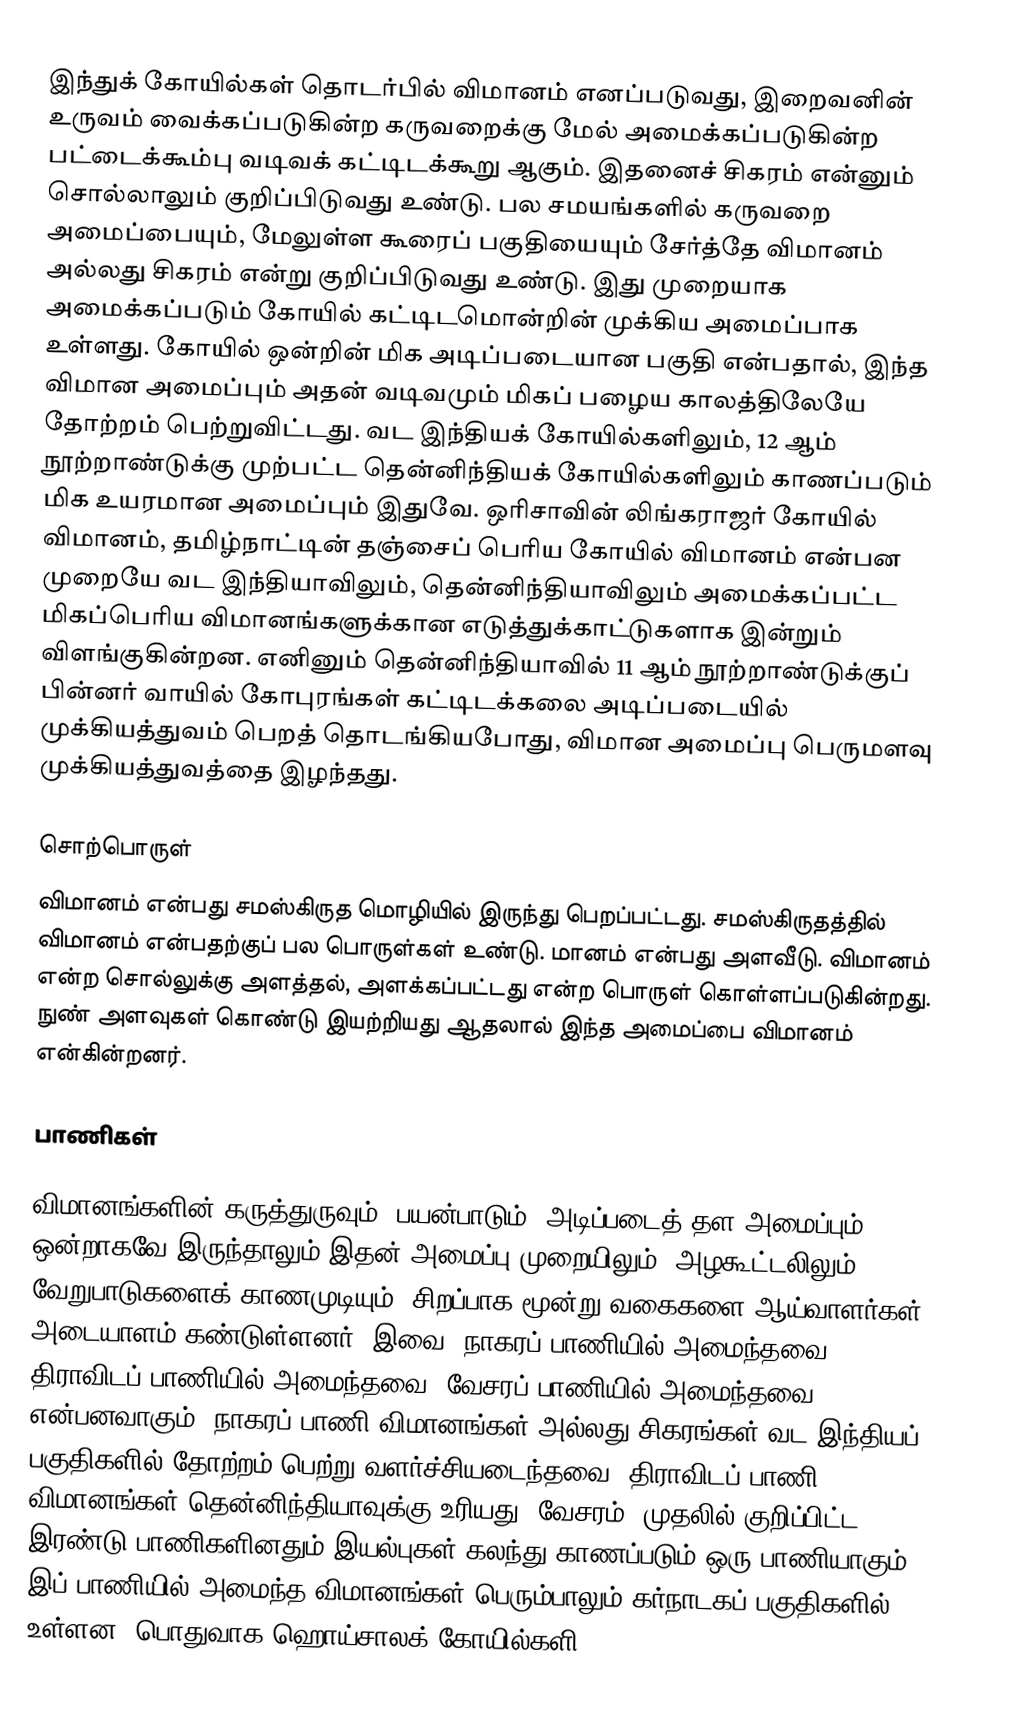
இந்துக் கோயில்கள் தொடர்பில் விமானம் எனப்படுவது, இறைவனின் உருவம் வைக்கப்படுகின்ற கருவறைக்கு மேல் அமைக்கப்படுகின்ற பட்டைக்கூம்பு வடிவக் கட்டிடக்கூறு ஆகும். இதனைச் சிகரம் என்னும் சொல்லாலும் குறிப்பிடுவது உண்டு. பல சமயங்களில் கருவறை அமைப்பையும், மேலுள்ள கூரைப் பகுதியையும் சேர்த்தே விமானம் அல்லது சிகரம் என்று குறிப்பிடுவது உண்டு. இது முறையாக அமைக்கப்படும் கோயில் கட்டிடமொன்றின் முக்கிய அமைப்பாக உள்ளது. கோயில் ஒன்றின் மிக அடிப்படையான பகுதி என்பதால், இந்த விமான அமைப்பும் அதன் வடிவமும் மிகப் பழைய காலத்திலேயே தோற்றம் பெற்றுவிட்டது. வட இந்தியக் கோயில்களிலும், 12 ஆம் நூற்றாண்டுக்கு முற்பட்ட தென்னிந்தியக் கோயில்களிலும் காணப்படும் மிக உயரமான அமைப்பும் இதுவே. ஒரிசாவின்  லிங்கராஜர் கோயில் விமானம், தமிழ்நாட்டின் தஞ்சைப் பெரிய கோயில் விமானம் என்பன முறையே வட இந்தியாவிலும், தென்னிந்தியாவிலும் அமைக்கப்பட்ட மிகப்பெரிய விமானங்களுக்கான எடுத்துக்காட்டுகளாக இன்றும் விளங்குகின்றன. எனினும் தென்னிந்தியாவில் 11 ஆம் நூற்றாண்டுக்குப் பின்னர் வாயில் கோபுரங்கள் கட்டிடக்கலை அடிப்படையில் முக்கியத்துவம் பெறத் தொடங்கியபோது, விமான அமைப்பு பெருமளவு முக்கியத்துவத்தை இழந்தது.

சொற்பொருள்
விமானம் என்பது சமஸ்கிருத மொழியில் இருந்து பெறப்பட்டது. சமஸ்கிருதத்தில் விமானம் என்பதற்குப் பல பொருள்கள் உண்டு. மானம் என்பது அளவீடு. விமானம் என்ற சொல்லுக்கு அளத்தல், அளக்கப்பட்டது என்ற பொருள் கொள்ளப்படுகின்றது. நுண் அளவுகள் கொண்டு இயற்றியது ஆதலால் இந்த அமைப்பை விமானம் என்கின்றனர்.

பாணிகள்

விமானங்களின் கருத்துருவும், பயன்பாடும், அடிப்படைத் தள அமைப்பும் ஒன்றாகவே இருந்தாலும் இதன் அமைப்பு முறையிலும், அழகூட்டலிலும் வேறுபாடுகளைக் காணமுடியும். சிறப்பாக மூன்று வகைகளை ஆய்வாளர்கள் அடையாளம் கண்டுள்ளனர். இவை, நாகரப் பாணியில் அமைந்தவை, திராவிடப் பாணியில் அமைந்தவை, வேசரப் பாணியில் அமைந்தவை என்பனவாகும். நாகரப் பாணி விமானங்கள் அல்லது சிகரங்கள் வட இந்தியப் பகுதிகளில் தோற்றம் பெற்று வளர்ச்சியடைந்தவை. திராவிடப் பாணி விமானங்கள் தென்னிந்தியாவுக்கு உரியது. வேசரம், முதலில் குறிப்பிட்ட இரண்டு பாணிகளினதும் இயல்புகள் கலந்து காணப்படும் ஒரு பாணியாகும். இப் பாணியில் அமைந்த விமானங்கள் பெரும்பாலும் கர்நாடகப் பகுதிகளில் உள்ளன. பொதுவாக ஹொய்சாலக் கோயில்களி